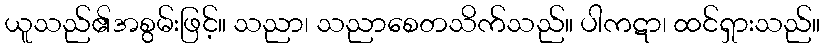
ယူသည်၏အစွမ်းဖြင့်။ သညာ၊ သညာစေတသိက်သည်။ ပါကဋာ၊ ထင်ရှားသည်။